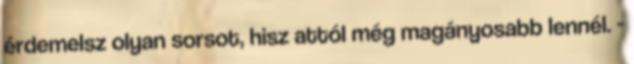
érdemelsz olyan sorsot, hisz attól még magányosabb lennél. -